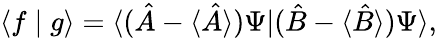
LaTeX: \langle f\mid g\rangle=\langle({\hat{A}}-\langle{\hat{A}}\rangle)\Psi|({\hat{B}}-\langle{\hat{B}}\rangle)\Psi\rangle,